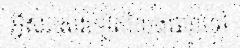
អ្វីសរសេរទៀតលែងបានទៅ